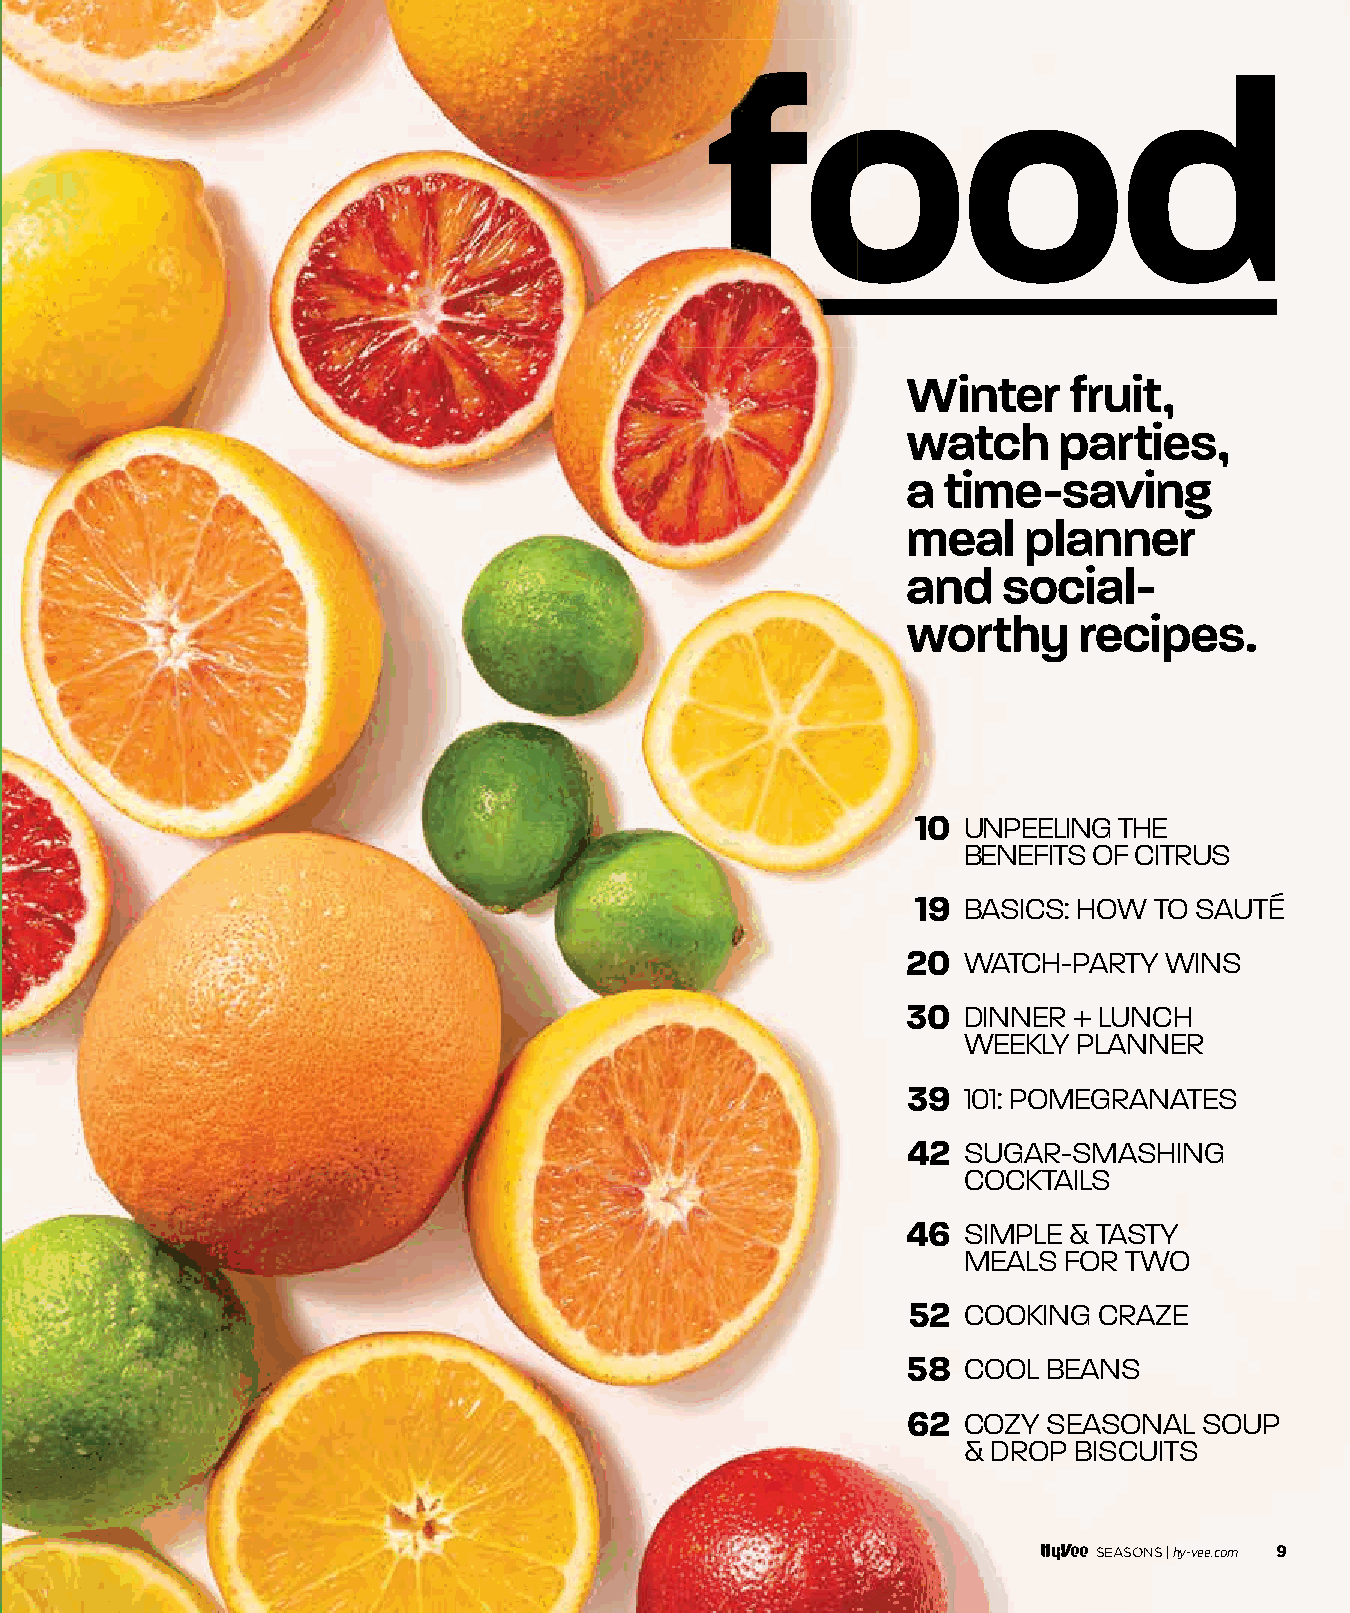
ffoooodd
 Winter     fruit,
 watch     parties,
 a time-saving
 meal    planner
 and   social-
 worthy     recipes.
 10 UNPEELING THE
 BENEFITS OF CITRUS
 19 BASICS: HOW TO SAUTÉ
 20  WATCH-PARTY  WINS
 30  DINNER + LUNCH
 WEEKLY PLANNER
 39  101: POMEGRANATES
 42  SUGAR-SMASHING
 COCKTAILS
 46  SIMPLE & TASTY
 MEALS FOR  TWO
 52  COOKING  CRAZE
 58  COOL BEANS
 62  COZY SEASONAL   SOUP
 & DROP BISCUITS
 SEASONS |hy-vee.com 9
 000088--000099 FFoooodd OOppeenneerr__1111..2299..iinndddd 99                    1111//2299//2211 88::5500 AAMM